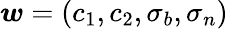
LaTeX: \boldsymbol{w}=(c_{1},c_{2},\sigma_{b},\sigma_{n})